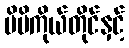
မိမိကိုယ်တိုင်နှင့်